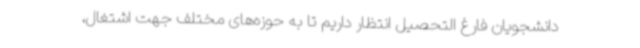
دانشجویان فارغ التحصیل انتظار داریم تا به حوزه‌های مختلف جهت اشتغال،